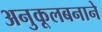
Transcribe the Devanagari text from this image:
अनुकूलबनाने